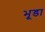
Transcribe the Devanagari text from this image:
भूडा